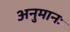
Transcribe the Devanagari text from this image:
अनुमानः